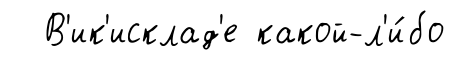
В'ик'исклад'е какой-л'и́бо